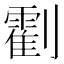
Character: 𠠛